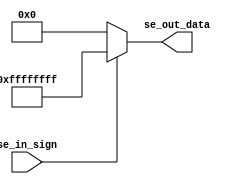
`timescale 1ns / 1ps
//////////////////////////////////////////////////////////////////////////////////
// Company: 
// Engineer: 
// 
// Design Name: 
// Module Name: Sign_Extender
// Project Name: 
// Target Devices: 
// Tool Versions: 
// Description: 
// 
// Dependencies: 
// 
// Revision:
// Revision 0.01 - File Created
// Additional Comments:
// 
//////////////////////////////////////////////////////////////////////////////////


module Sign_Extender(
     input  se_in_sign,
     output reg [31:0] se_out_data
    );
    // SE
    //se_in
    //32,se_out
    //
    
    always@(*)
    if(se_in_sign==1'b1)
    se_out_data<=32'hffff_ffff;
    else
    se_out_data<=32'h0000_0000;
endmodule